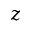
z